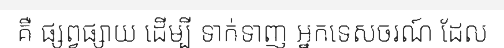
គឺ ផ្សព្វផ្សាយ ដើម្បី ទាក់ទាញ អ្នកទេសចរណ៍ ដែល